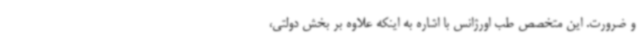
و ضرورت. این متخصص طب اورژانس با اشاره به اینکه علاوه بر بخش دولتی،